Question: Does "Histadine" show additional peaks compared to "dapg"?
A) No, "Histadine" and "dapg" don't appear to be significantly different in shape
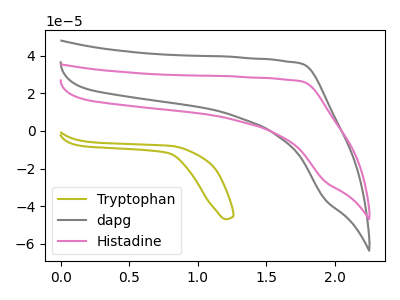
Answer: <think>The olive curve "Tryptophan" has no peaks. The gray curve "dapg" has no peaks. The pink curve "Histadine" has no peaks.
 Neither "Histadine" or "dapg" have any peaks.</think>
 <answer>A) No, "Histadine" and "dapg" don't appear to be significantly different in shape</answer>
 <eval>A</eval>